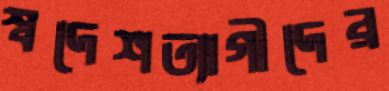
স্বদেশত্যাগীদের